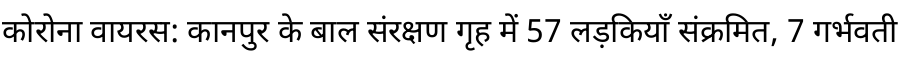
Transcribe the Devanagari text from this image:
कोरोना वायरस: कानपुर के बाल संरक्षण गृह में 57 लड़कियाँ संक्रमित, 7 गर्भवती